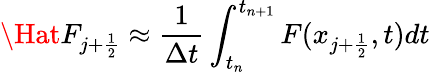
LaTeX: \Hat F_{j+\frac{1}{2}}\approx\frac{1}{\Delta t}\int_{t_{n}}^{t_{n+1}}F(x_{j+\frac{1}{2}},t)dt